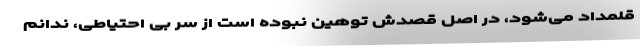
قلمداد می‌شود، در اصل قصدش توهین نبوده است از سر بی احتیاطی، ندانم